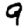
Digit: 9